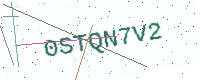
Text: 0STQN7V2